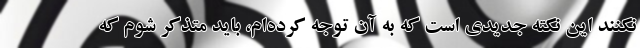
نکنند این نکته جدیدی است که به آن توجه کرده‌ام، باید متذکر شوم که